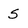
Character: S